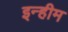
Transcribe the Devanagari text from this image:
इन्हीम